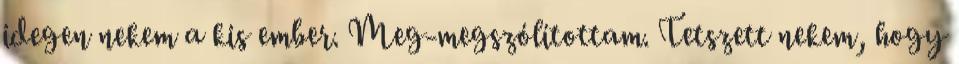
idegen nekem a kis ember. Meg-megszólítottam. Tetszett nekem, hogy